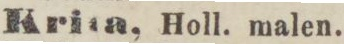
Krila, Holl. malen